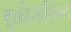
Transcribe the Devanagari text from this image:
इकोनामिस्ट